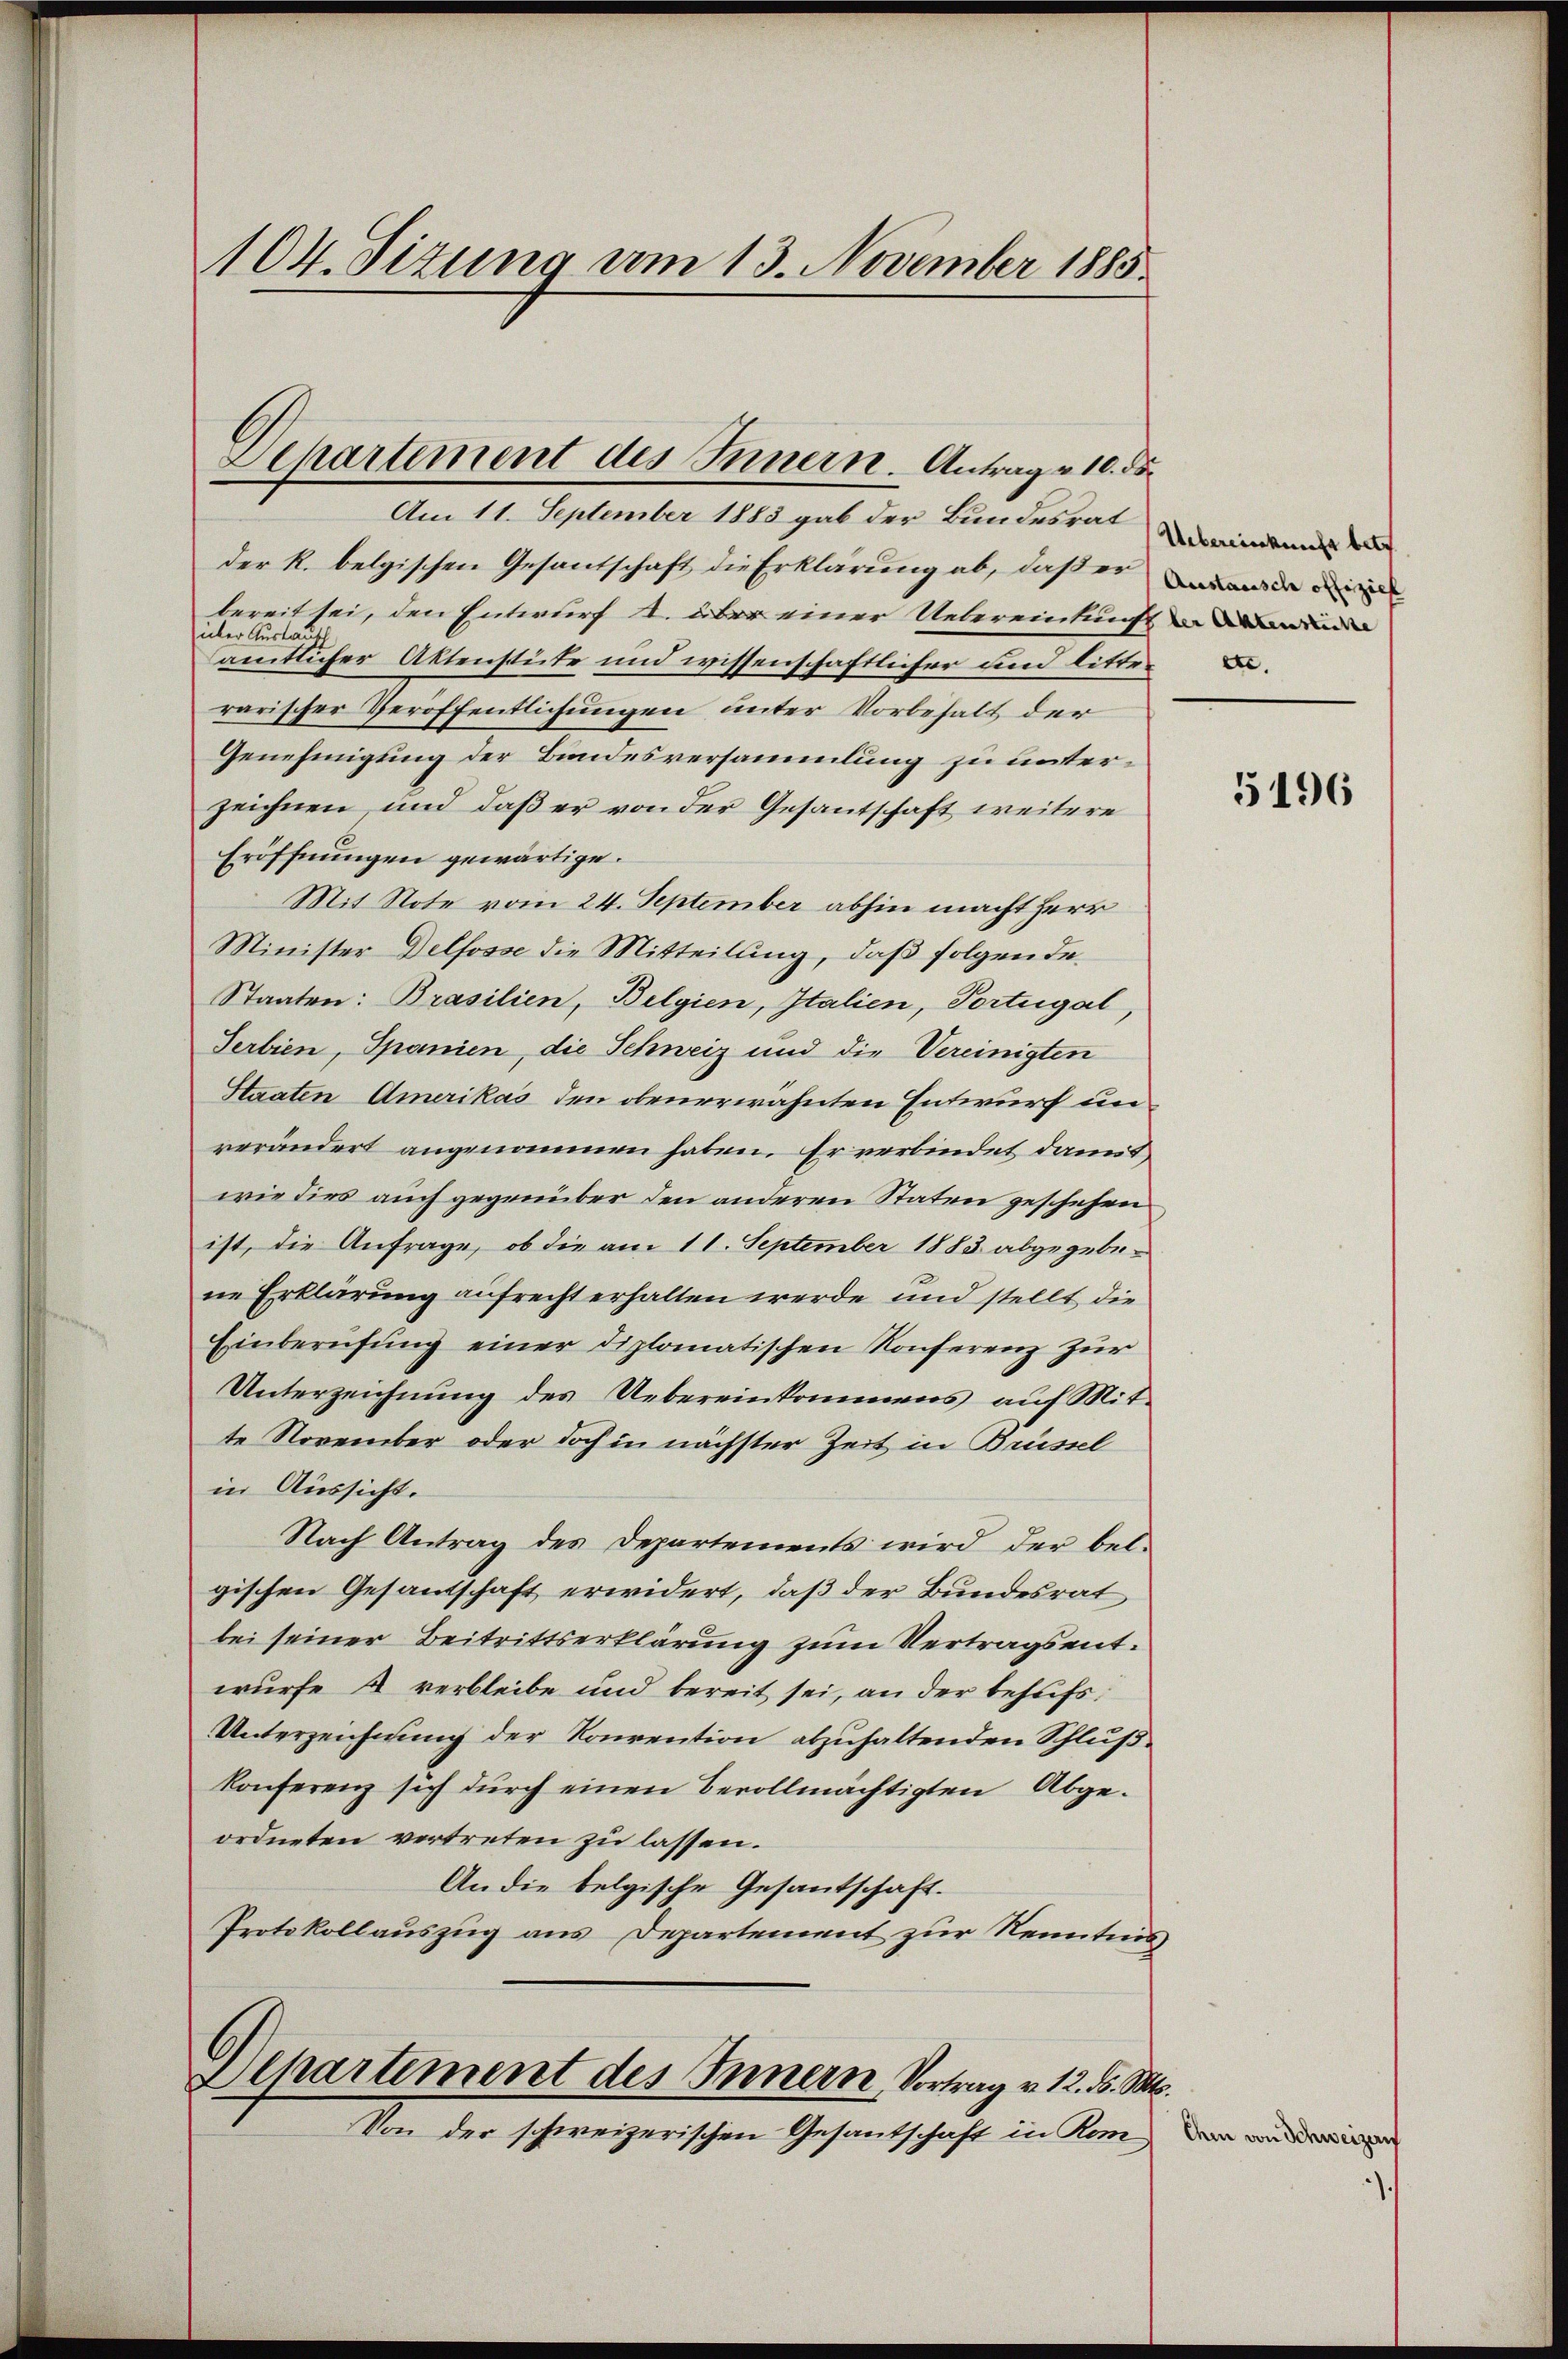
104. Sizung am 13. November 1885

Departement des Innern Antrage 10. ds.

Am 11. September 1883 gab der Bundesrat indem
der R. belgischen Gesantschaft die Erklärung ab, daß er
bereit sei, den Entwurf u. über einer Uebereinkunft in und
über Austatt
amtlicher Aktenstüke und wissenschaftlicher und litterrarischer Veröffentlichungen unter Vorbehalt der
Genehmigung der Bundesversammlung zu unterzeichnen, und daß er von der Gesantschaft weitere
Eröffnungen gewärtige.
Mit Note vom 24. September abhin macht Herr
Minister Delfosse die Mitteilung, daß folgende
Staaten: Brasilien, Belgien, Italien, Portugal
Serbien, Spanien, die Schweiz und die Vereinigten
Staaten Amerikas den obenerwähnten Entwurf unverändert angenommen haben. Er verbindet damit
wie dies auch gegenüber den anderen Staten geschehen
ist, die Anfrage, ob die am 11. September 1883 abgegebene Erklärung aufrecht erhalten werde und stellt, die
Einberufung einer diplomatischen Konferenz zur
Unterzeichnŭng des Uebereinkommens aŭf Mit-
te November oder doch in nächster Zeit in Brüssel
in Aussicht.
Nach Antrag des Departements wird der belgischen Gesandschaft erwidert, daß der Bundesrat
bei seiner Beitrittserklärung zum Vertragsentwurfe 4 verbleibe und bereit sei, an der behufs
Unterzeichnung der Konvention abzuhaltenden Schlußkonferenz sich dŭrch einen Bevollmächtigten Abge-
ordneten vertreten zu lassen.
An die belgische Gesantschaft.
Protokollauszug aus Departement zur Kenntnis,
Aepartement des Innern, Vortrag v. 12. d. M.
Von der schweizerischen Gesantschaft in Kom¬

Austausch offiziel

s

5196

Ehen von Schweizern